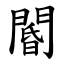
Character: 閽